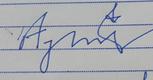
Signature authenticity: forged